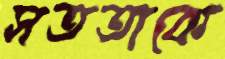
সততাকে